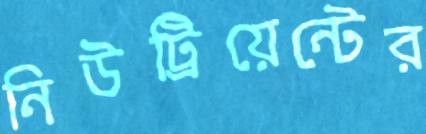
নিউট্রিয়েন্টের